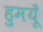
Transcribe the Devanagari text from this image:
हुमयूँ